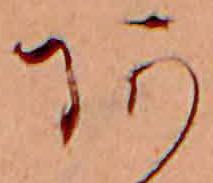
あ